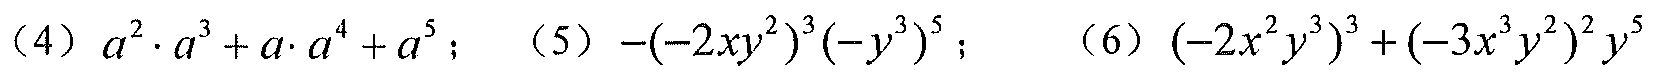
（4）\(a^{2}\cdot a^{3}+a\cdot a^{4}+a^{5}\)； （5）\(-(-2xy^{2})^{3}(-y^{3})^{5}\)； （6）\((-2x^{2}y^{3})^{3}+(-3x^{3}y^{2})^{2}y^{5}\)